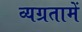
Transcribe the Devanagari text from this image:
व्यग्रतामें